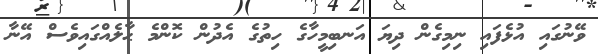
ވޭނުގައި އުޅެފައި ނިމިގެން ދިޔަ އަނބިމީހާގެ ހިތުގެ އެދުން ކޮންމެ ޙާލެއްގައިވެސް އޭނާ